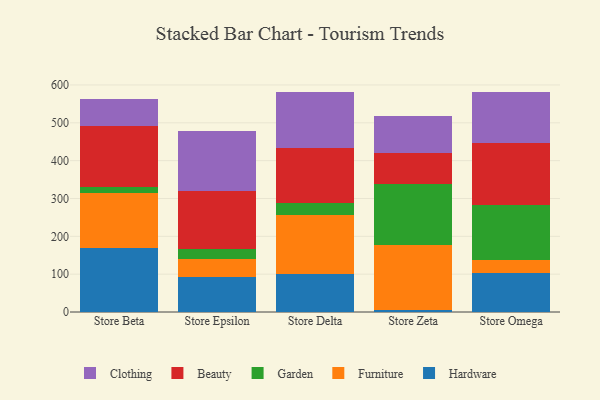
{"axis": {"x": "Store", "y": "Net Income (USD K)"}, "legend": ["Beauty", "Clothing", "Furniture", "Garden", "Hardware"], "data": [{"x": "Store Beta", "y": 168.7, "type": "Hardware"}, {"x": "Store Beta", "y": 144.9, "type": "Furniture"}, {"x": "Store Beta", "y": 17.3, "type": "Garden"}, {"x": "Store Beta", "y": 160.0, "type": "Beauty"}, {"x": "Store Beta", "y": 71.6, "type": "Clothing"}, {"x": "Store Epsilon", "y": 93.8, "type": "Hardware"}, {"x": "Store Epsilon", "y": 45.0, "type": "Furniture"}, {"x": "Store Epsilon", "y": 28.7, "type": "Garden"}, {"x": "Store Epsilon", "y": 151.6, "type": "Beauty"}, {"x": "Store Epsilon", "y": 158.1, "type": "Clothing"}, {"x": "Store Delta", "y": 99.7, "type": "Hardware"}, {"x": "Store Delta", "y": 157.6, "type": "Furniture"}, {"x": "Store Delta", "y": 30.8, "type": "Garden"}, {"x": "Store Delta", "y": 144.3, "type": "Beauty"}, {"x": "Store Delta", "y": 148.3, "type": "Clothing"}, {"x": "Store Zeta", "y": 6.5, "type": "Hardware"}, {"x": "Store Zeta", "y": 169.9, "type": "Furniture"}, {"x": "Store Zeta", "y": 160.9, "type": "Garden"}, {"x": "Store Zeta", "y": 82.0, "type": "Beauty"}, {"x": "Store Zeta", "y": 99.6, "type": "Clothing"}, {"x": "Store Omega", "y": 101.9, "type": "Hardware"}, {"x": "Store Omega", "y": 35.9, "type": "Furniture"}, {"x": "Store Omega", "y": 145.4, "type": "Garden"}, {"x": "Store Omega", "y": 162.3, "type": "Beauty"}, {"x": "Store Omega", "y": 137.0, "type": "Clothing"}]}